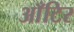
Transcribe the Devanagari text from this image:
आँटिर